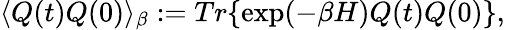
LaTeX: \langle Q(t)Q(0)\rangle_{\beta}:=Tr\{ \exp(-\beta H)Q(t)Q(0)\} ,